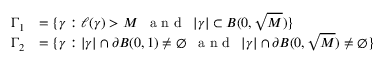
\begin{array} { r l } { \Gamma _ { 1 } } & { = \{ \gamma : \ell ( \gamma ) > M \, \, \, \textrm { a n d } \, \, \, | \gamma | \subset B ( 0 , \sqrt { M } ) \} } \\ { \Gamma _ { 2 } } & { = \{ \gamma : | \gamma | \cap \partial B ( 0 , 1 ) \neq \emptyset \, \, \, \textrm { a n d } \, \, \, | \gamma | \cap \partial B ( 0 , \sqrt { M } ) \neq \emptyset \} } \end{array}